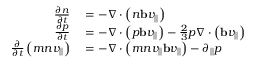
\begin{array} { r l } { \frac { \partial n } { \partial t } } & { { } = - \nabla \cdot \left( n \mathbf { b } v _ { | | } \right) } \\ { \frac { \partial p } { \partial t } } & { { } = - \nabla \cdot \left( p \mathbf { b } v _ { | | } \right) - \frac { 2 } { 3 } p \nabla \cdot \left( \mathbf { b } v _ { | | } \right) } \\ { \frac { \partial } { \partial t } \left( m n v _ { | | } \right) } & { { } = - \nabla \cdot \left( m n v _ { | | } \mathbf { b } v _ { | | } \right) - \partial _ { | | } p } \end{array}